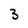
Character: 3